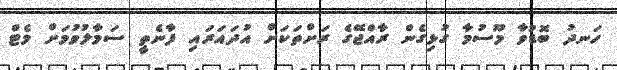
ހަނދު ބޮޑުވާ މޫސުމާ ގުޅިގެން ރާއްޖޭގެ ރަށްތަކަށް އުދައަރައި ފާނެތީ ސަމާލުވުމަށް މެޓް